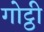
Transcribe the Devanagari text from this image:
गोट्ठी